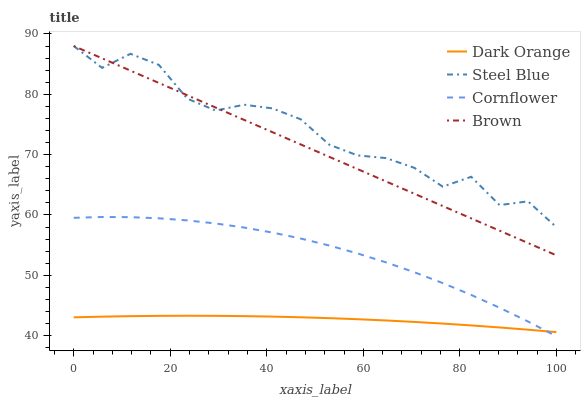
| xaxis_label | Dark Orange | Steel Blue | Cornflower | Brown |
 | --- | --- | --- | --- | --- |
 | 0 | 43 | 88 | 59.5 | 88 |
 | 5.88 | 43.2 | 84.4 | 59.7 | 86 |
 | 11.8 | 43.2 | 86.7 | 59.6 | 83.9 |
 | 17.6 | 43.3 | 84.9 | 59.5 | 81.9 |
 | 23.5 | 43.3 | 79.3 | 59.1 | 79.8 |
 | 29.4 | 43.3 | 77.3 | 58.6 | 77.8 |
 | 35.3 | 43.2 | 78.3 | 57.9 | 75.8 |
 | 41.2 | 43.2 | 77.7 | 57.1 | 73.7 |
 | 47.1 | 43.1 | 75.8 | 56.1 | 71.7 |
 | 52.9 | 42.9 | 71.7 | 54.9 | 69.6 |
 | 58.8 | 42.7 | 69.9 | 53.6 | 67.6 |
 | 64.7 | 42.5 | 69.4 | 52.1 | 65.6 |
 | 70.6 | 42.3 | 67.8 | 50.5 | 63.5 |
 | 76.5 | 42 | 64.7 | 48.7 | 61.5 |
 | 82.4 | 41.7 | 66.3 | 46.8 | 59.4 |
 | 88.2 | 41.4 | 61.6 | 44.6 | 57.4 |
 | 94.1 | 41 | 62.3 | 42.4 | 55.4 |
 | 100 | 40.6 | 58 | 39.9 | 53.3 |